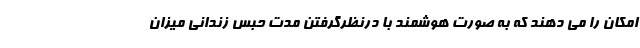
امکان را می دهند که به صورت هوشمند با درنظرگرفتن مدت حبس زندانی میزان